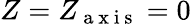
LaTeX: Z=Z_{\mathrm{~a~x~i~s~}}=0